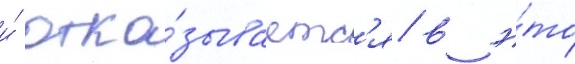
и́ отка́зываетс'я в э́то